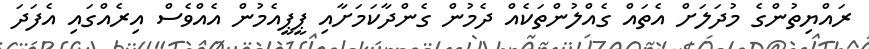
ރައްޔިތުންގެ މުދަލަށް އެތައް ގެއްލުންތަކެއް ދެމުން ގެންދާކަމަށާއި ޕީޕީއެމުން އެއްވެސް އިރެއްގައި އެފަދަ